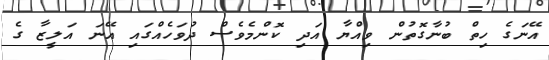
އޭނަގެ ހިތް ބުނާގޮތުން ވިއްޔާ އަދި ކޮންމެވެސް ދުވަހެއްގައި އޭނަ އަލީޒާ ގެ